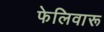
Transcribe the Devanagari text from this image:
फेलिवारू